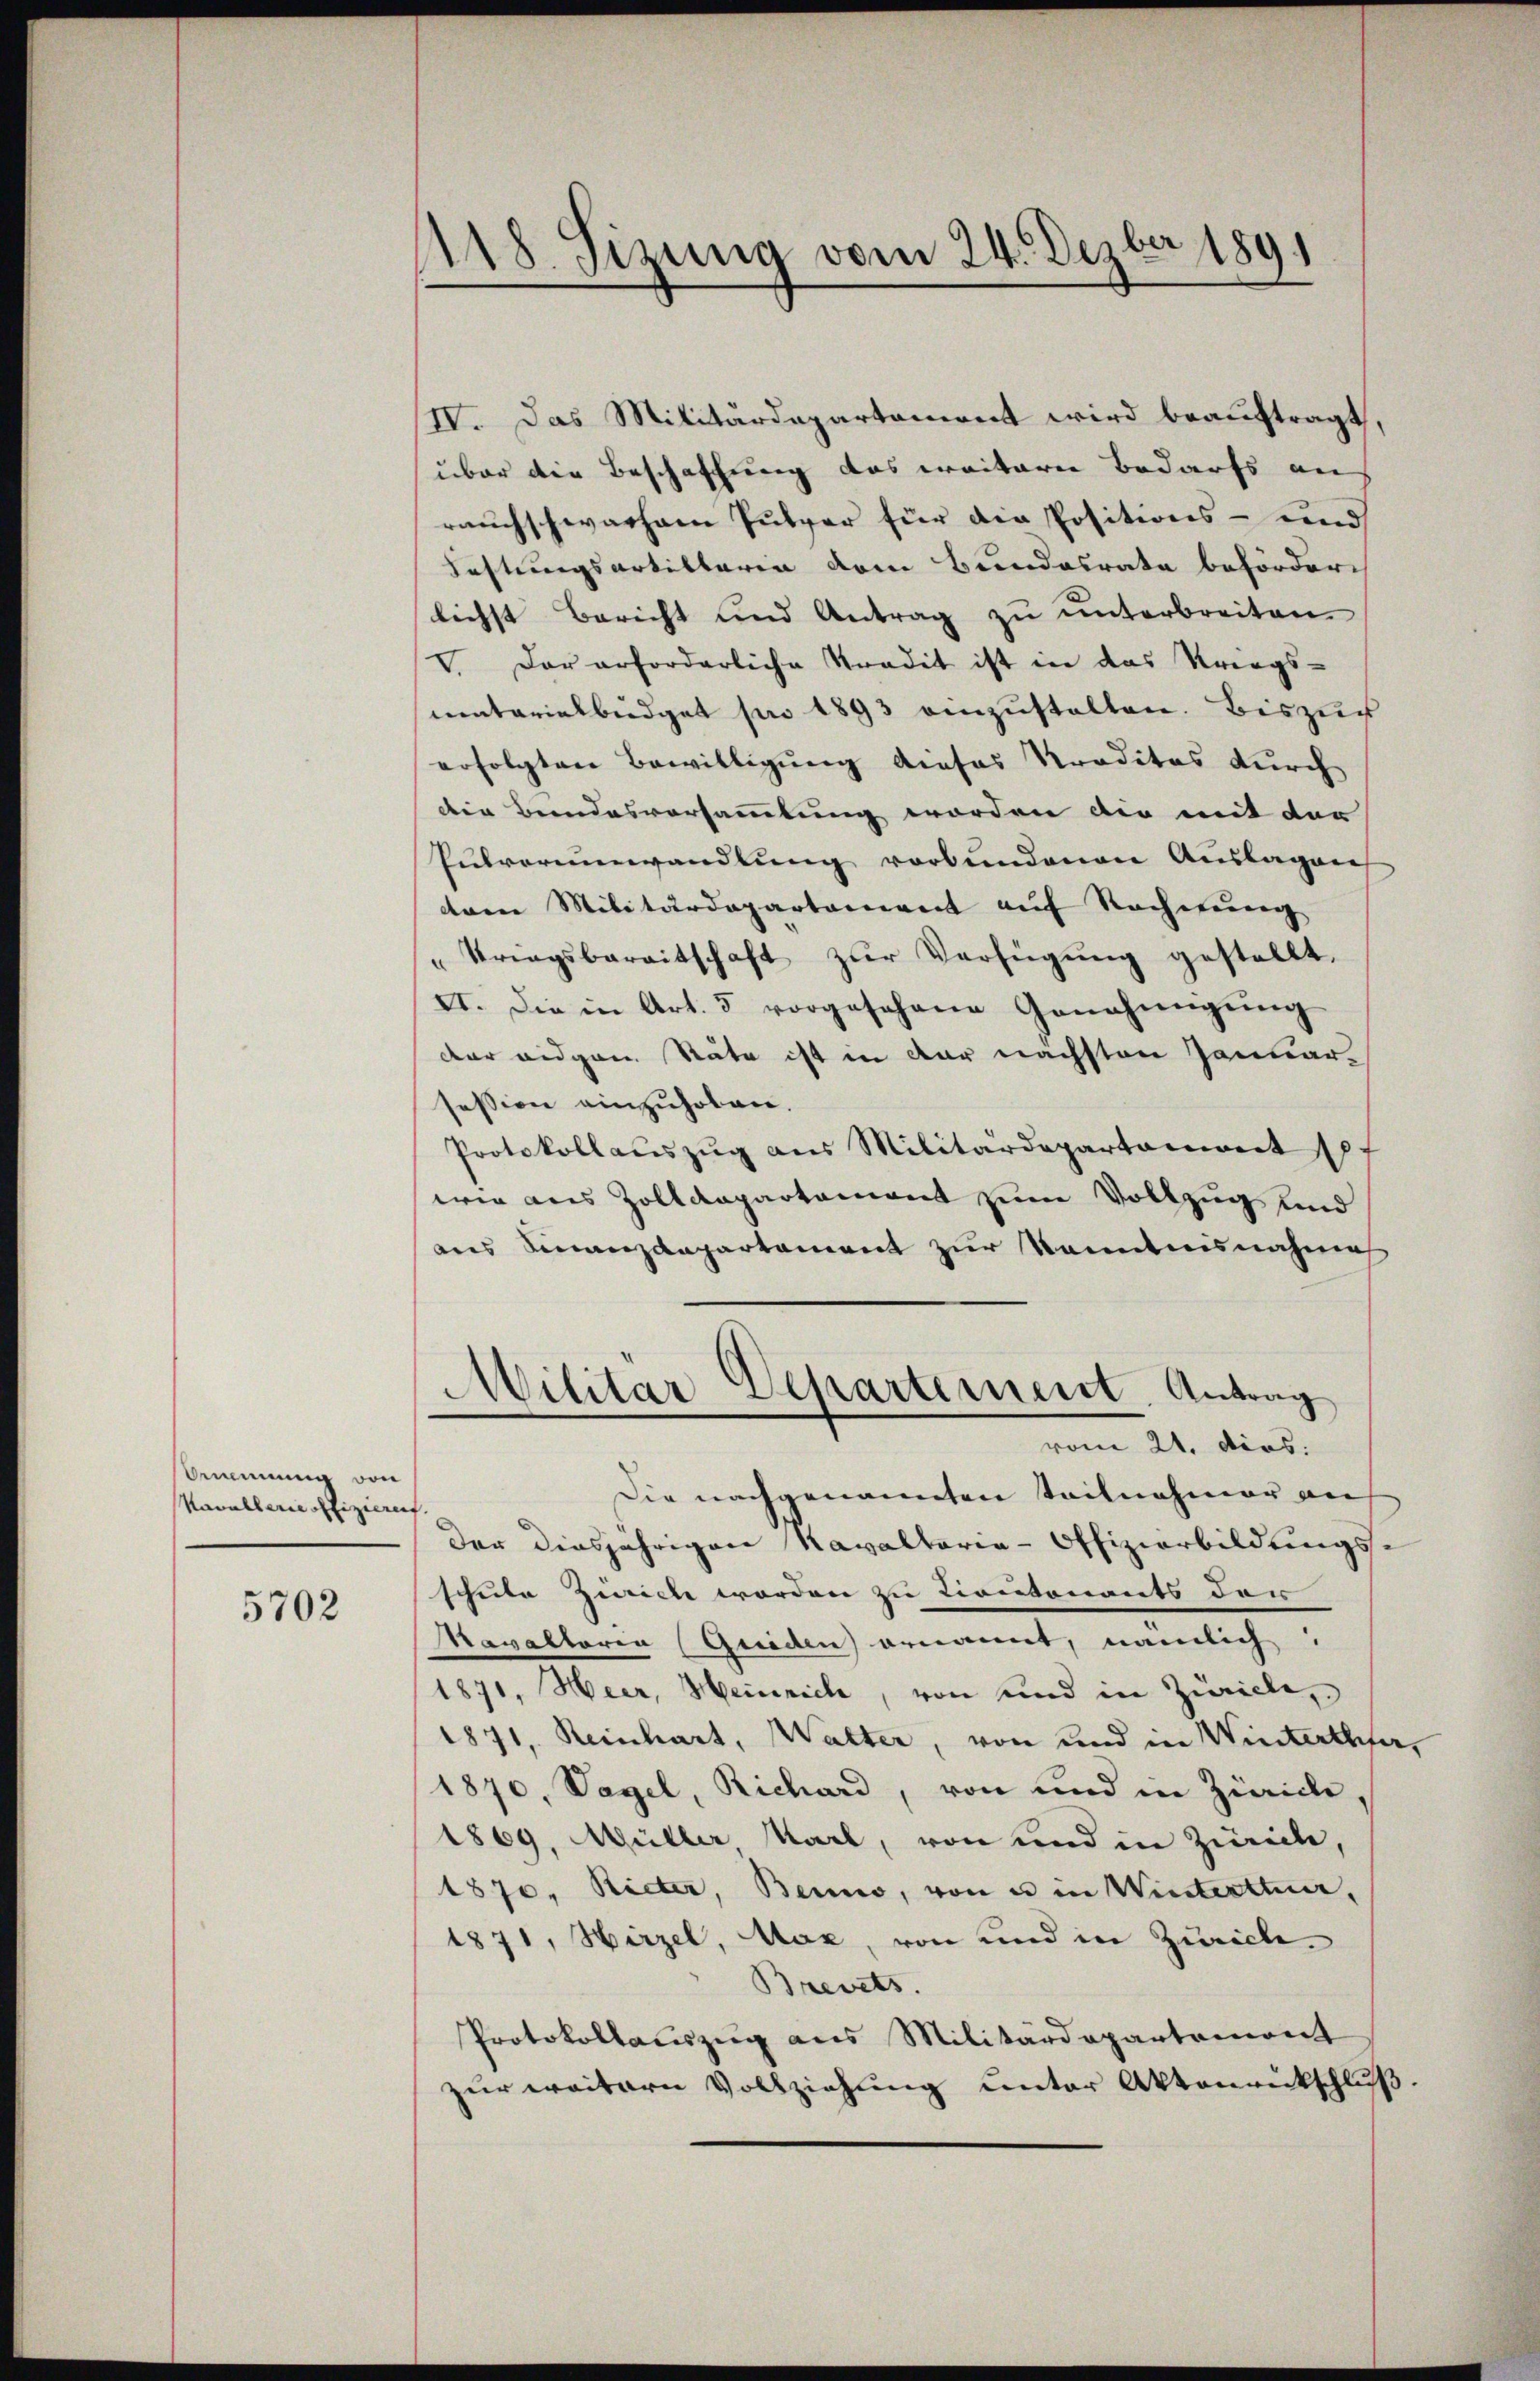
Brennung von
Kavallerie offizieren

5702

118 Sizung vom 24. Dezbr 1891

IV. Das Militärdepartement wird beauftragt,
über die Beschaffung das weiteren Bedarfs aus
rauchschwachem Pulver für die Positions- und
Festungsartillaria dem Bundesrate beförder-
lichst Bericht und Antrag zŭ ŭnterbreiten.
V. Der erforderliche Stradit ist in das Kriegs-
matarialbüdget pro 1893 einzustalten. Bis zur
erfolgten Bewilligŭng dieses Praditas durch
die Bundesvorsammlung worden die mit der
Pulverwandlung verbundenen Auslagen
dren Militärdepartament auf Rechnung
"Kriegsberaitschaft zŭr Verfügŭng gestellt,
VI. Die in Art. 5 vorgesehene Genehmigŭng
der eidgen. Stäte ist in der nächsten Januar-
session einzuholen.
Protokollaŭszŭg ans Militärdepartament so.
wie aus Zolldepartement zum Vollzug und
anes Finanzdepartement zur Kenntnisnahme
Militar Departement Antrag
vom 21. dios.
Die nachgenannten Teilnahmer an
Der diesjährigen Kavaltaria-Offizierbildungs
schute Zürich werden zu Liontonants der
avaltaria (Quiden ernannt, nämlich
1871, Heer, Heinrich, von und in Zürich,
1871, Reinhart, Walter, von und in Winterther,
1870, Vagel, Richard, von und in Zürich,
1869, Müller Karl, von und in Zürich,
1870, Rieter, Berno, von u in Winterttuar,
1871, Hirzel, Aar, von und in Zürich
Brevets.
Protokollauszug aus Militärdepartemont
zur weitern Vollziehung unter Aktenrückschluß